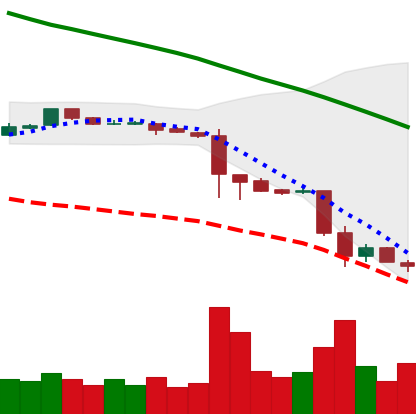
Ticker: ETC-USD
Chart end date: 2018-11-23
Forward return: -4.293%
Label: down_3_5